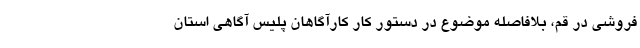
فروشی در قم، بلافاصله موضوع در دستور کار کارآگاهان پلیس آگاهی استان